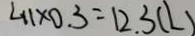
\angle 1 1 \times 0 . 3 = 1 2 . 3 ( L )